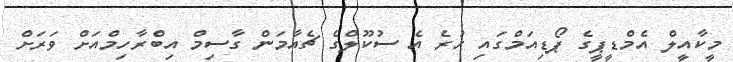
މީކާއީލް އެމްޑީޕީގެ ޕޯޑިއަމްގައި ހުރެ އެ ސުކޫލްގެ ޗެއާމަން ގާސިމް އިބްރާހިމްއަށް ވަރަށް